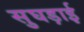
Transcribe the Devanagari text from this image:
सुघड़ाई